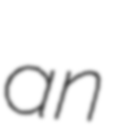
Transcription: an